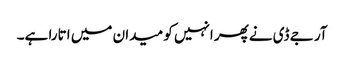
آر جے ڈی نےپھر انہیں کو میدان میں اتارا ہے۔